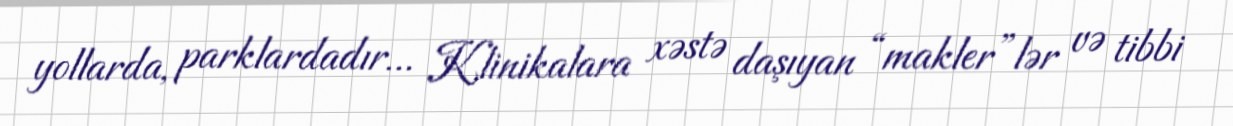
yollarda, parklardadır... Klinikalara xəstə daşıyan “makler”lər və tibbi